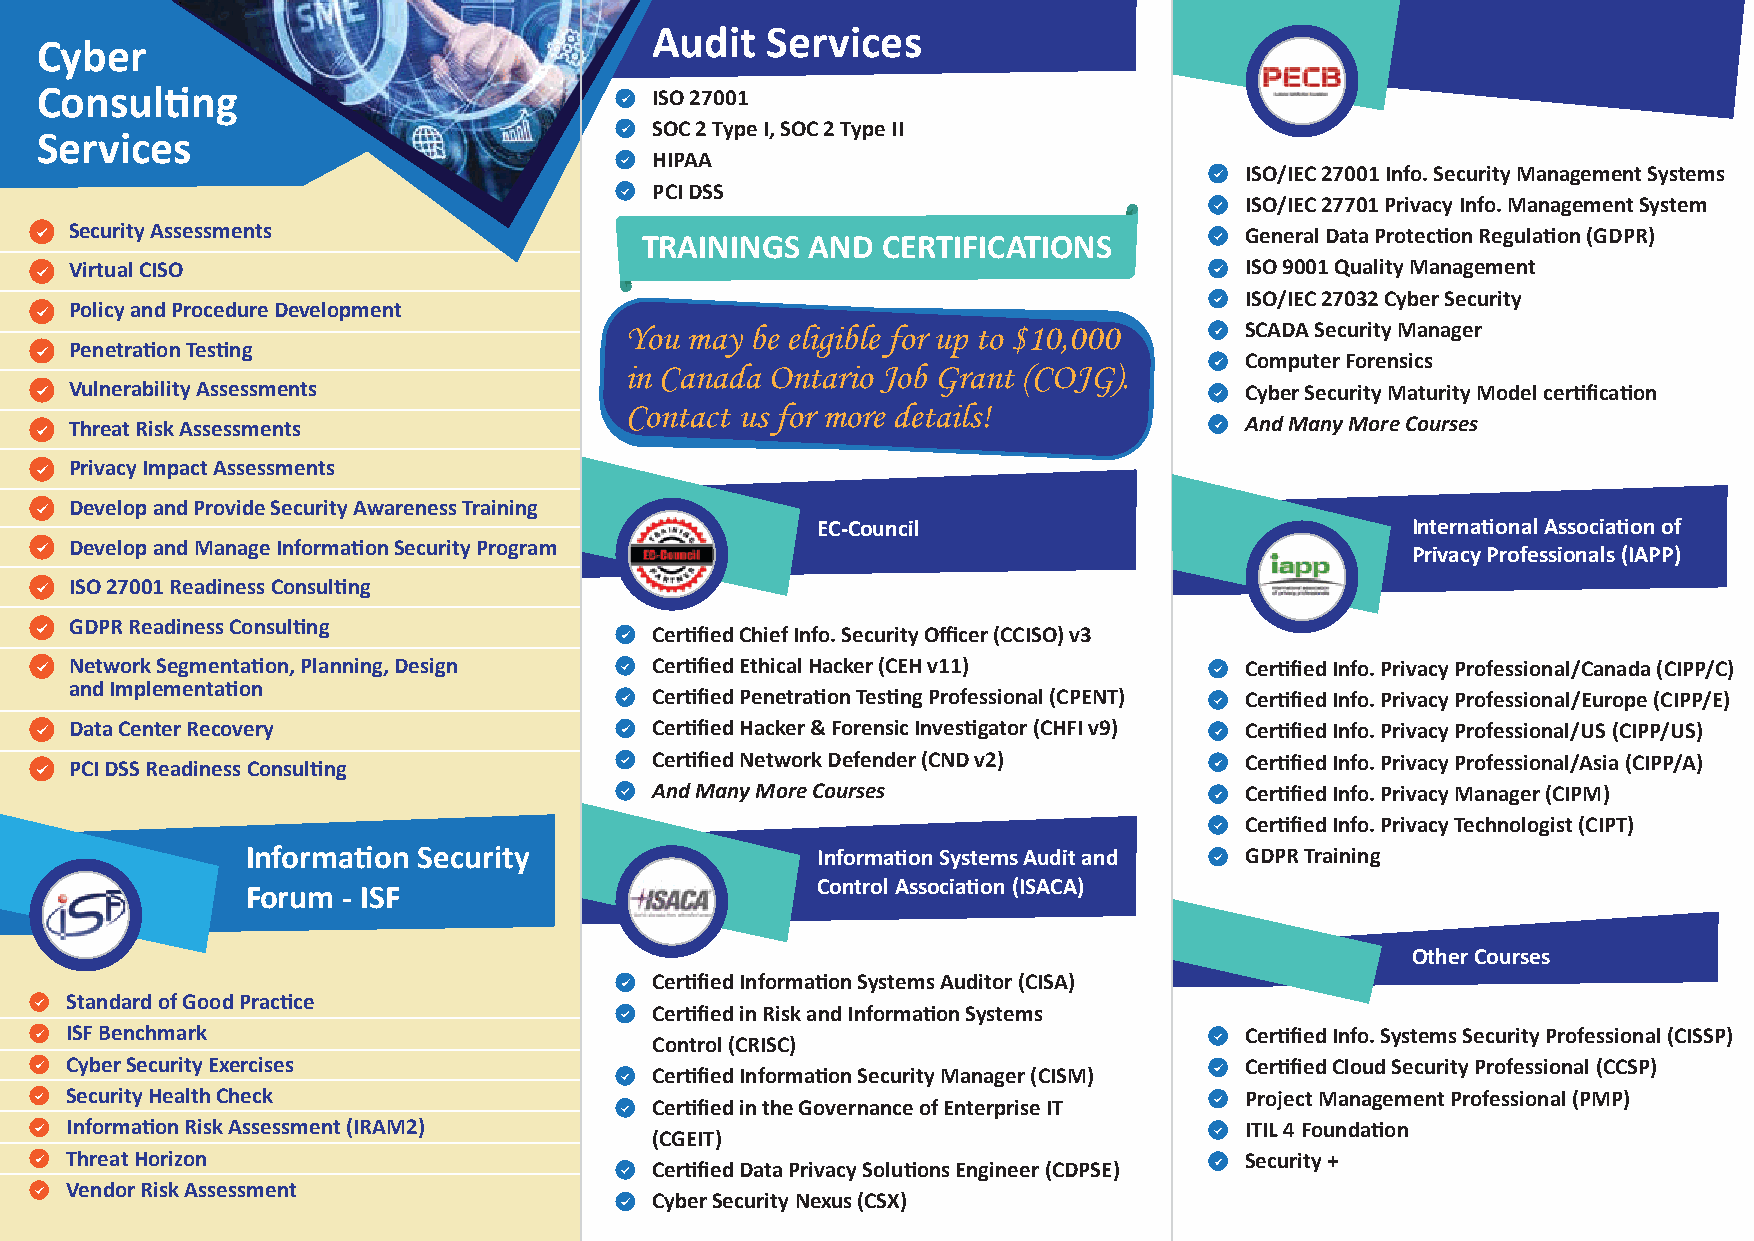
Audit   Services
 Cyber
 Consul�ng                                ISO 27001
 SOC 2 Type I, SOC 2 Type II
 Services
 HIPAA
 ISO/IEC 27001 Info. Security Management Systems
 PCI DSS
 ISO/IEC 27701 Privacy Info. Management System
 Security Assessments                                                         General Data Protec�on Regula�on (GDPR)
 TRAININGS   AND CERTIFICATIONS
 Virtual CISO                                                                 ISO 9001 Quality Management
 ISO/IEC 27032 Cyber Security
 Policy and Procedure Development
 You may  be eligible for up to $10,000   SCADA Security Manager
 Penetra�on Tes�ng
 Computer Forensics
 in Canada Ontario Job Grant (COJG).
 Vulnerability Assessments                                                    Cyber Security Maturity Model cer�fica�on
 Contact us for more details!
 Threat Risk Assessments                                                      And Many More Courses
 Privacy Impact Assessments
 Develop and Provide Security Awareness Training
 EC-Council                             Interna�onal Associa�on of
 Develop and Manage Informa�on Security Program
 Privacy Professionals (IAPP)
 ISO 27001 Readiness Consul�ng
 GDPR Readiness Consul�ng
 Cer�fied Chief Info. Security Officer (CCISO) v3
 Network Segmenta�on, Planning, Design Cer�fied Ethical Hacker (CEH v11)      Cer�fied Info. Privacy Professional/Canada (CIPP/C)
 and Implementa�on
 Cer�fied Penetra�on Tes�ng Professional (CPENT) Cer�fied Info. Privacy Professional/Europe (CIPP/E)
 Data Center Recovery                  Cer�fied Hacker & Forensic Inves�gator (CHFI v9) Cer�fied Info. Privacy Professional/US (CIPP/US)
 PCI DSS Readiness Consul�ng           Cer�fied Network Defender (CND v2)     Cer�fied Info. Privacy Professional/Asia (CIPP/A)
 And Many More Courses                  Cer�fied Info. Privacy Manager (CIPM)
 Cer�fied Info. Privacy Technologist (CIPT)
 Informa�on  Security                  Informa�on Systems Audit and GDPR Training
 Control Associa�on (ISACA)
 Forum  - ISF
 Other Courses
 Cer�fied Informa�on Systems Auditor (CISA)
 Standard of Good Prac�ce
 Cer�fied in Risk and Informa�on Systems
 ISF Benchmark                                                                 Cer�fied Info. Systems Security Professional (CISSP)
 Control (CRISC)
 Cyber Security Exercises                                                      Cer�fied Cloud Security Professional (CCSP)
 Cer�fied Informa�on Security Manager (CISM)
 Security Health Check                                                         Project Management Professional (PMP)
 Cer�fied in the Governance of Enterprise IT
 Informa�on Risk Assessment (IRAM2)                                            ITIL 4 Founda�on
 (CGEIT)
 Threat Horizon                                                                Security +
 Cer�fied Data Privacy Solu�ons Engineer (CDPSE)
 Vendor Risk Assessment
 Cyber Security Nexus (CSX)